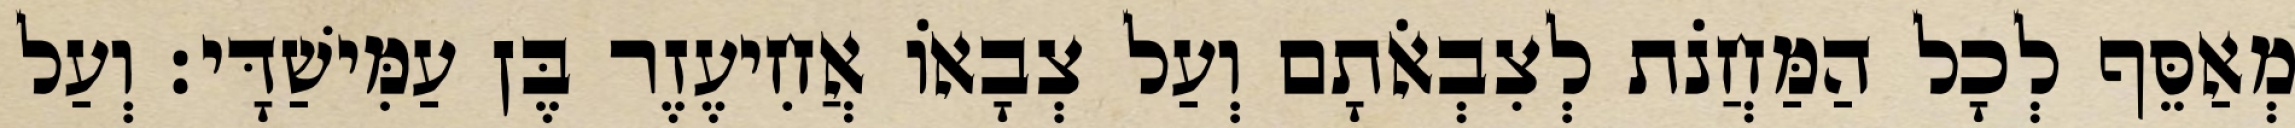
מְאַסֵּף לְכָל הַמַּחֲנֹת לְצִבְאֹתָם וְעַל צְבָאוֹ אֲחִיעֶזֶר בֶּן עַמִּישַׁדָּי׃ וְעַל